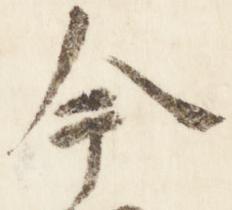
今